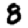
Digit: 8